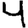
Digit: 4